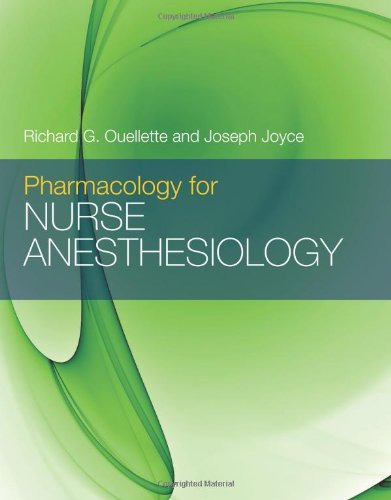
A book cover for Pharmacology For Nurse Anesthesiology; Richard G. Ouellette; Medical Books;